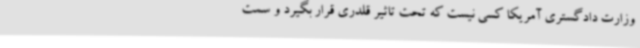
وزارت دادگستری آمریکا کسی نیست که تحت تاثیر قلدری قرار بگیرد و سمت